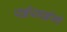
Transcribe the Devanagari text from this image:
पाईपलाईनचे